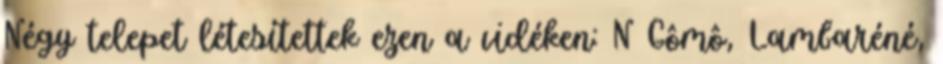
Négy telepet létesítettek ezen a vidéken: N Gômô, Lambaréné,